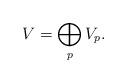
LaTeX: \begin{align*} V = \bigoplus_{p} V_{p}.\end{align*}